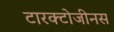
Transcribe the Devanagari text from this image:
टारक्टोजीनस